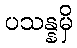
ပသန္နမှိ